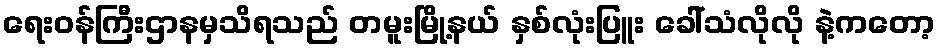
ရေးဝန်ကြီးဌာနမှသိရသည် တမူးမြို့နယ် နှစ်လုံးပြူး ခေါ်သံလိုလို နဲ့ကတော့